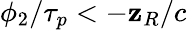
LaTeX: \phi_{2}/\tau_{p}<-\mathbf{z}_{R}/c